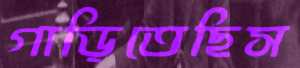
গাড়িতেছিস